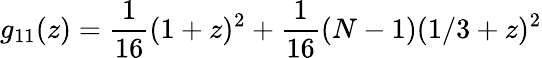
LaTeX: g_{11}(z)=\frac{1}{16}(1+z)^{2}+\frac{1}{16}(N-1)(1/3+z)^{2}